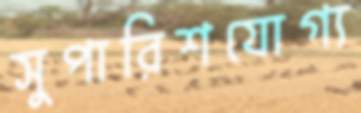
সুপারিশযোগ্য